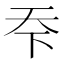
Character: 𬻊